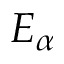
E _ { \alpha }